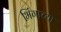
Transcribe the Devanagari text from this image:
भिंगाच्या